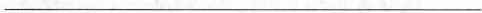
___